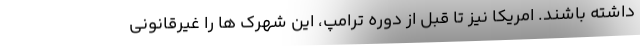
داشته باشند. امریکا نیز تا قبل از دوره ترامپ، این شهرک ها را غیرقانونی